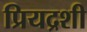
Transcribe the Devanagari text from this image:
प्रियद्रशी